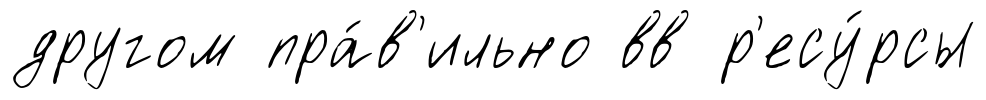
другом пра́в'ильно вв р'есу́рсы